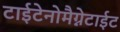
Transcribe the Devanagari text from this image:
टाईटेनोमैग्नेटाईट